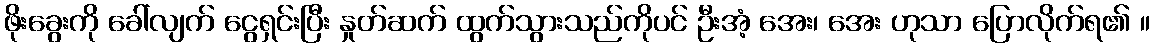
ဖိုးခွေးကို ခေါ်လျက် ငွေရှင်းပြီး နှုတ်ဆက် ထွက်သွားသည်ကိုပင် ဦးအံ့ အေး၊ အေး ဟုသာ ပြောလိုက်ရ၏ ။